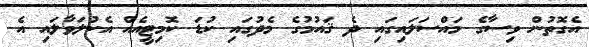
އެގޮތުން ވިސާގެ މައްސަލައިގައި ދެ ޤައުމުގެ މެދުގައި ކުޑަ ކޮމިޓީއެއް އެކުލަވާލައި އެ